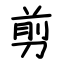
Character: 剪